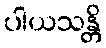
ပါယသန္တိ